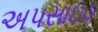
અપસાઇડ